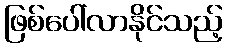
ဖြစ်ပေါ်လာနိုင်သည့်